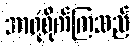
အာရုံစိုက်ကြသည်